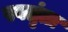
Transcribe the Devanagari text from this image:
स्वतृंता